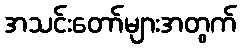
အသင်းတော်များအတွက်